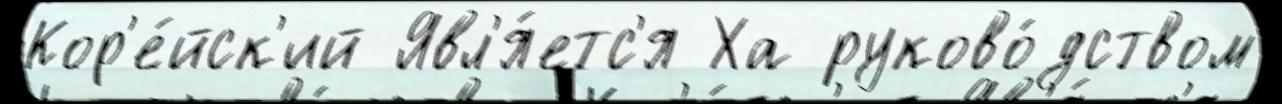
Кор'е́йск'ий Явл'я́етс'я Ха руково́дством